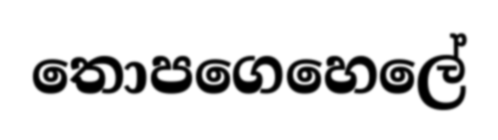
තොපගෙහෙලේ